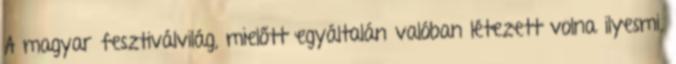
A magyar fesztiválvilág, mielőtt egyáltalán valóban létezett volna ilyesmi,